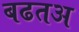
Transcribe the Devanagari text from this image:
बढतअ